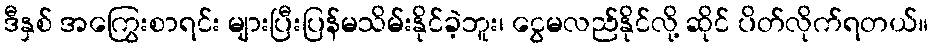
ဒီနှစ် အကြွေးစာရင်း များပြီးပြန်မသိမ်းနိုင်ခဲ့ဘူး၊ ငွေမလည်နိုင်လို့ ဆိုင် ပိတ်လိုက်ရတယ်။